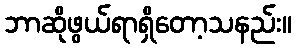
ဘာဆိုဖွယ်ရာရှိတော့သနည်း။